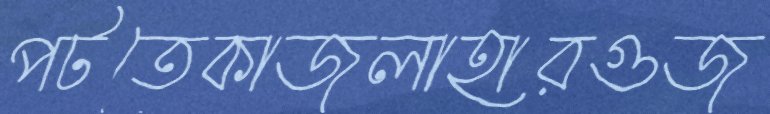
পটতেকাজলাহারগুজ